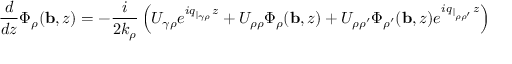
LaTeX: \ \ \! \frac { d } { d z } \Phi _ { \rho } ( { \bf b } , z ) = - \frac { i } { 2 k _ { \rho } } \left( U _ { \gamma \rho } e ^ { i q _ { \| _ { \gamma \rho } } z } + U _ { \rho \rho } \Phi _ { \rho } ( { \bf b } , z ) + U _ { \rho \rho ^ { \prime } } \Phi _ { \rho ^ { \prime } } ( { \bf b } , z ) e ^ { i q _ { \| _ { \rho \rho ^ { \prime } } } z } \right)